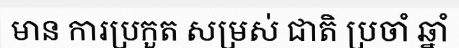
មាន ការប្រកួត សម្រស់ ជាតិ ប្រចាំ ឆ្នាំ